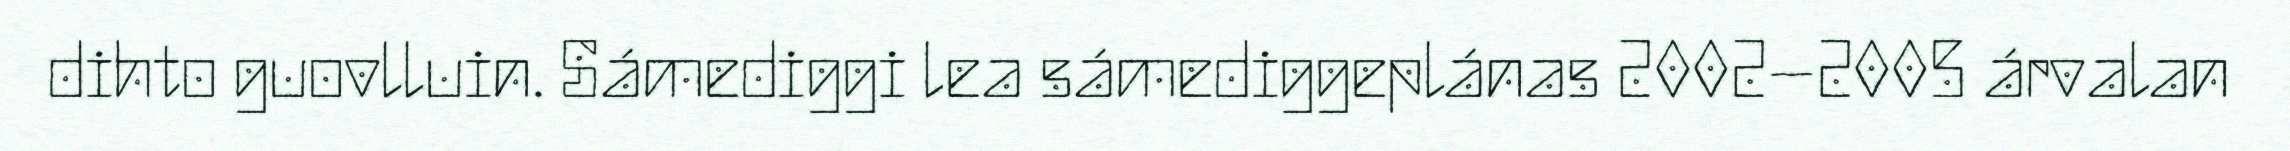
dihto guovlluin. Sámediggi lea sámediggeplánas 2002–2005 árvalan